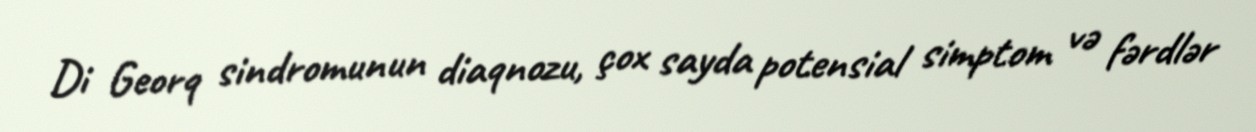
Di Georq sindromunun diaqnozu, çox sayda potensial simptom və fərdlər